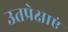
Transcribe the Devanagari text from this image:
उतप्रेक्षाएं